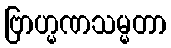
ဗြာဟ္မဏသမ္မတာ